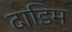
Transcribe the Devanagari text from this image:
दाडिम